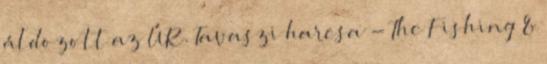
áldozott az ÚR. Tavaszi harcsa - The Fishing &